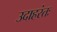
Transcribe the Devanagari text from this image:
उदाहरंतः